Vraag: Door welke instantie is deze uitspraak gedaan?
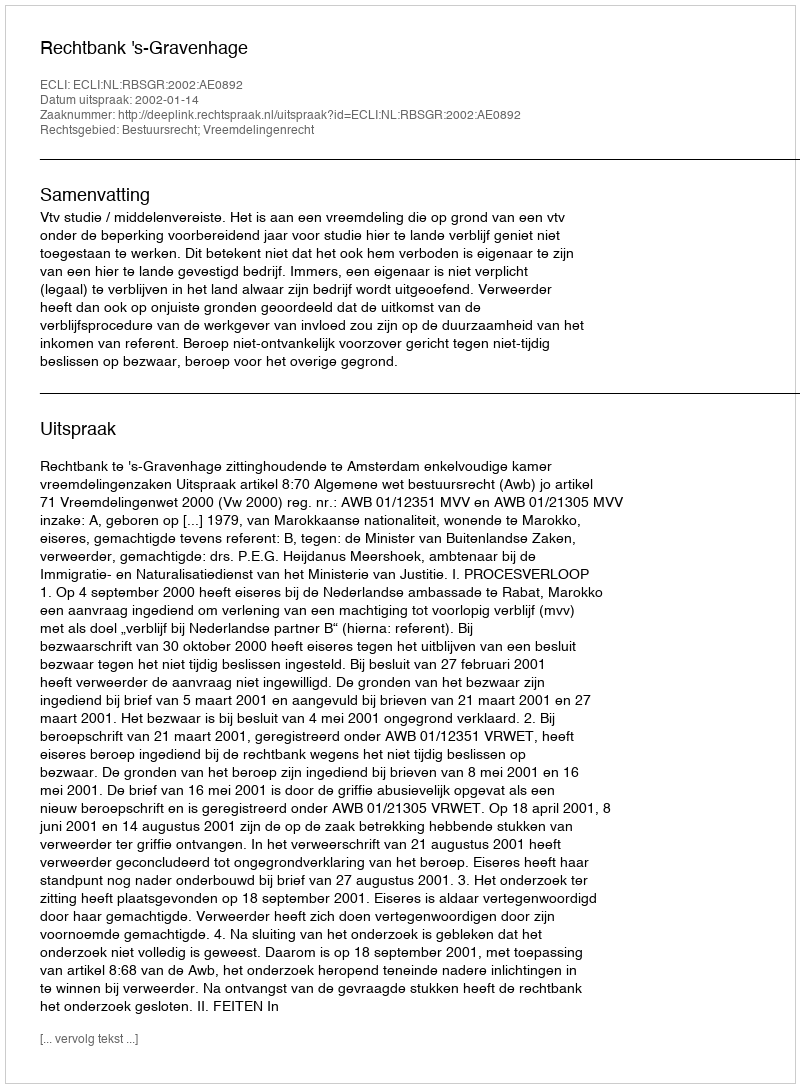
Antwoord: Rechtbank 's-Gravenhage